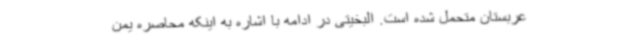
عربستان متحمل شده است. البخیتی در ادامه با اشاره به اینکه محاصره یمن